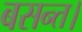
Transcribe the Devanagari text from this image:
बसन्त।